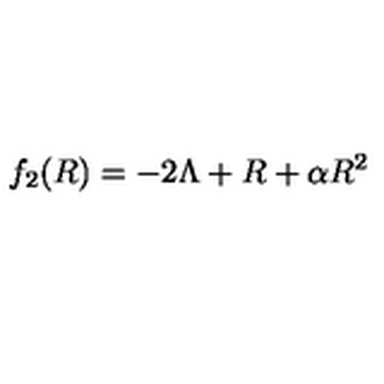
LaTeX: f _ { 2 } ( R ) = - 2 \Lambda + R + \alpha R ^ { 2 }